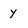
Character: Y